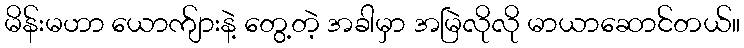
မိန်းမဟာ ယောက်ျားနဲ့ တွေ့တဲ့ အခါမှာ အမြဲလိုလို မာယာဆောင်တယ်။